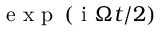
\mathrm { ~ e ~ x ~ p ~ } \left( \mathrm { ~ i ~ } \Omega t / 2 \right)